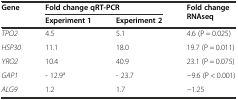
<table><thead><tr><td rowspan="2"><b>Gene</b></td><td colspan="2"><b>Fold change qRT-PCR</b></td><td rowspan="2"><b>Fold change RNAseq</b></td></tr><tr><td><b>Experiment 1</b></td><td><b>Experiment 2</b></td></tr></thead><tbody><tr><td><i>TPO2</i></td><td>4.5</td><td>5.1</td><td>4.6 (P = 0.025)</td></tr><tr><td><i>HSP30</i></td><td>11.1</td><td>18.0</td><td>19.7 (P = 0.011)</td></tr><tr><td><i>YRO2</i></td><td>10.4</td><td>40.9</td><td>23.1 (P = 0.075)</td></tr><tr><td><i>GAP1</i></td><td>- 12.9<sup>a</sup></td><td>- 23.7</td><td>−9.6 (P &lt; 0.001)</td></tr><tr><td><i>ALG9</i></td><td>1.2</td><td>1.7</td><td>−1.25</td></tr></tbody></table>